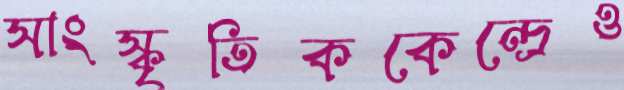
সাংস্কৃতিককেন্দ্রেও